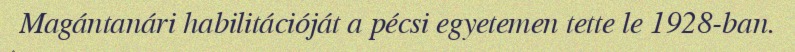
Magántanári habilitációját a pécsi egyetemen tette le 1928-ban.